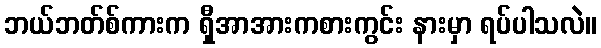
ဘယ်ဘတ်စ်ကားက ရှီအာအားကစားကွင်း နားမှာ ရပ်ပါသလဲ။